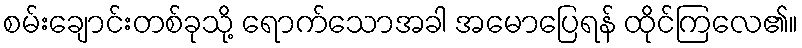
စမ်းချောင်းတစ်ခုသို့ ရောက်သောအခါ အမောပြေရန် ထိုင်ကြလေ၏။